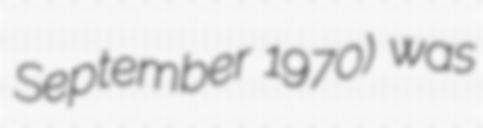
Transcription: September 1970) was